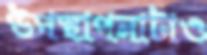
উপস্থাপনাটাও